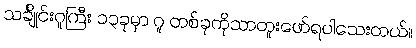
သင်္ချိုင်းဂူကြီး ၁၃ခုမှာ ဂူ တစ်ခုကိုသာတူးဖော်ရပါသေးတယ်။